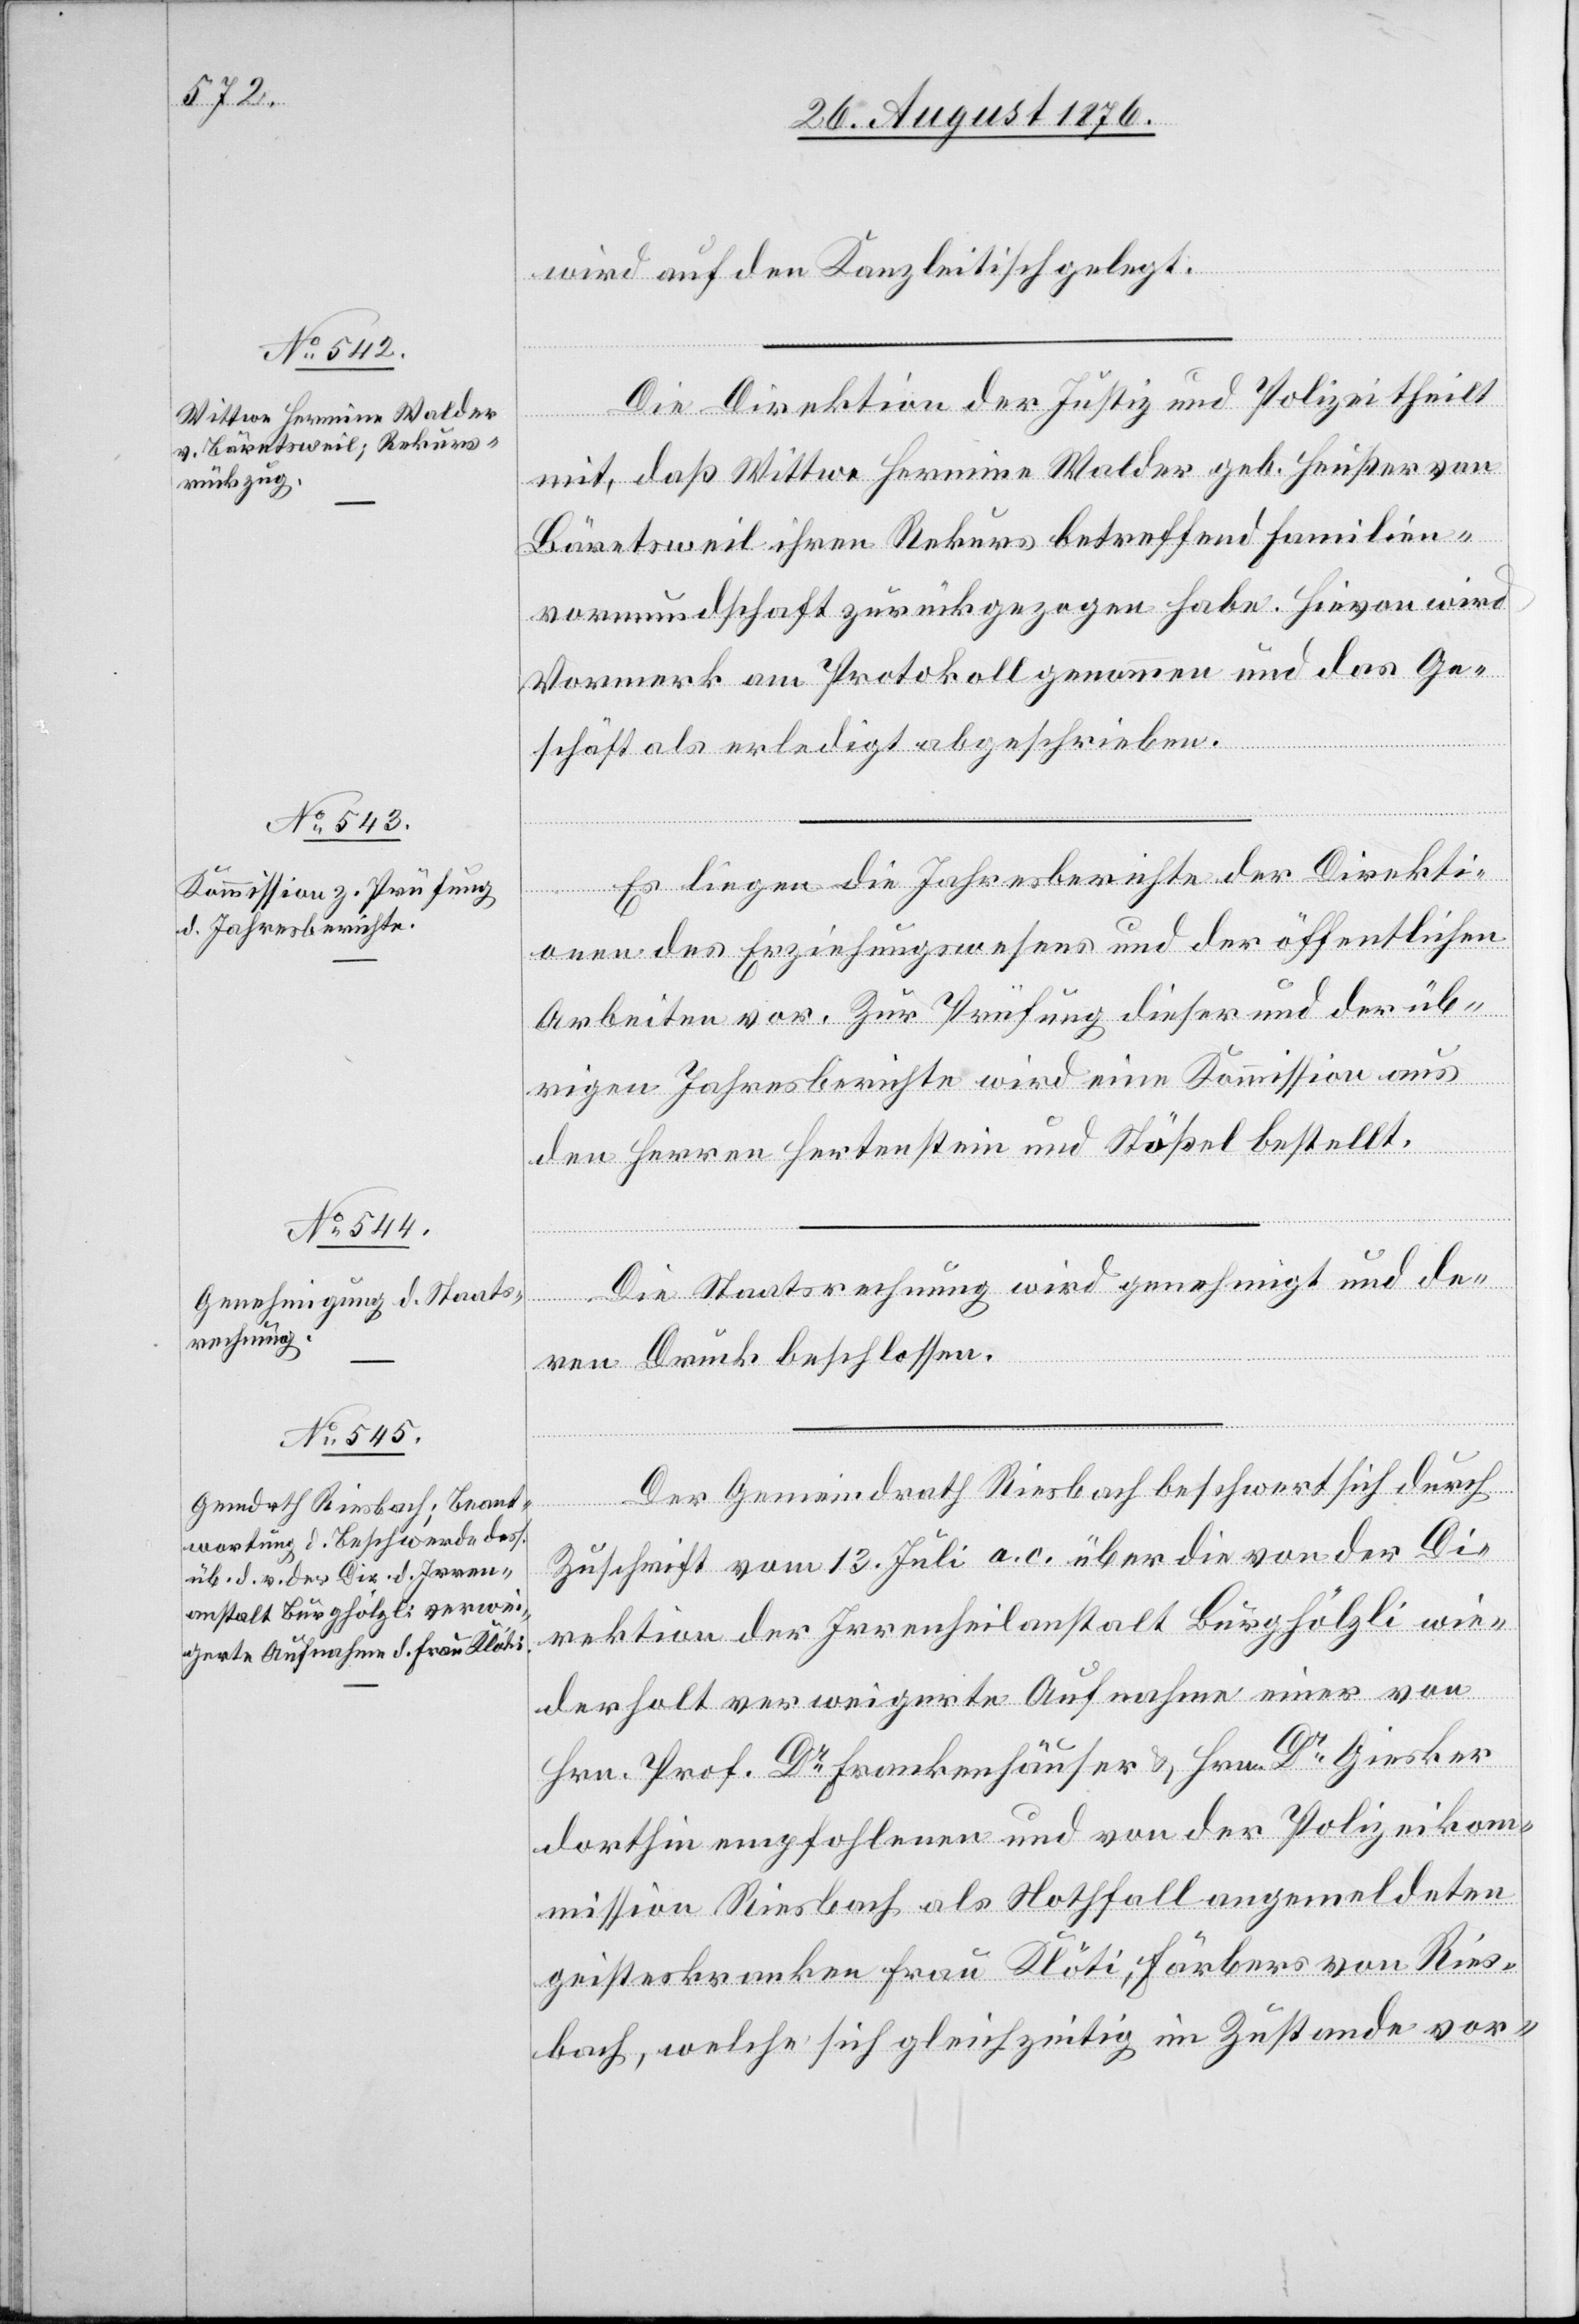
wird auf den Kanzleitisch gelegt.
Die Direktion der Justiz und Polizei theilt
mit, daß Wittwe Hermine Walder geb. Heußer von
Bäretsweil ihren Rekurs betreffend Familien¬
vormundschaft zurückgezogen habe. Hievon wird
Vormerk am Protokoll genommen und das Ge¬
schäft als erledigt abgeschrieben.
Es liegen die Jahresberichte der Direkti¬
onen des Erziehungswesens und der öffentlichen
Arbeiten vor. Zur Prüfung dieser und der üb¬
rigen Jahresberichte wird eine Kommission aus
den Herren Hertenstein und Stößel bestellt.
Die Staatsrechnung wird genehmigt und de¬
ren Druck beschlossen.
Der Gemeindrath Riesbach beschwert sich durch
Zuschrift vom 13. Juli a. c. über die von der Di¬
rektion der Irrenanstalt Burghölzli wie¬
derholt verweigerte Aufnahme einer von
Hrn. Prof. Dr Frankenhäuser & Hrn. Dr Giesker
dorthin empfohlenen und von der Polizeikom¬
mission Riesbach als Notfall angemeldeten
geisteskranken Frau Klöti, Färbers von Ries¬
bach, welche sich gleichzeitig im Zustande vor-